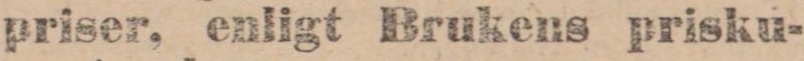
priser, enligt Brukens prisku-